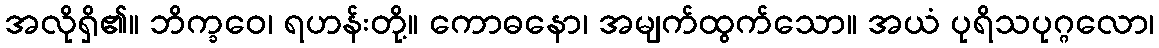
အလိုရှိ၏။ ဘိက္ခဝေ၊ ရဟန်းတို့။ ကောဓနော၊ အမျက်ထွက်သော။ အယံ ပုရိသပုဂ္ဂလော၊